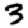
Digit: 3